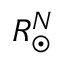
R _ { \odot } ^ { N }